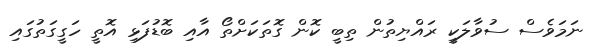
ނަމަވެސް ސުވާލަކީ ރައްޔިތުން ތިބީ ކޮން ގޮތަކަށްތޯ އާއި ބޮޑުފަޅި އޮތީ ހަގީގަތުގައި